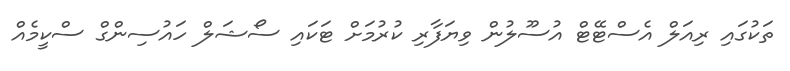
ތަކުގައި ރިއަލް އެސްޓޭޓް އުސޫލުން ވިޔަފާރި ކުރުމަށް ޓަކައި ސޯޝަލް ހައުސިންގް ސްކީމެއް